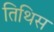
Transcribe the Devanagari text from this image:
तिथिस